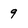
Character: 9